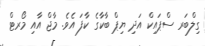
ގިލްބަރ ސްޕައިކް އަދި ޔިޕް ބާކާގެ ކާފަ އެވެ. މާޖް އާއި މޯރޓް